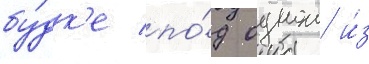
бу́дк'е по́д однои и́з